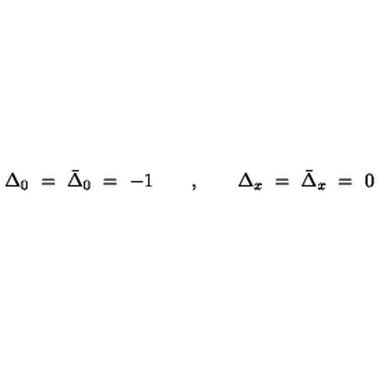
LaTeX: \Delta _ { 0 } \ = \ \bar { \Delta } _ { 0 } \ = \ - 1 \qquad , \qquad \Delta _ { x } \ = \ \bar { \Delta } _ { x } \ = \ 0